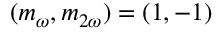
( m _ { \omega } , m _ { 2 \omega } ) = ( 1 , - 1 )